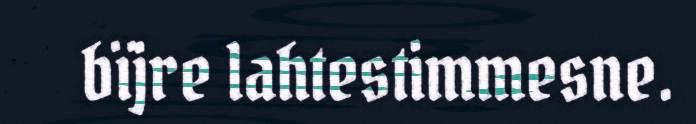
bïjre lahtestimmesne.